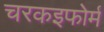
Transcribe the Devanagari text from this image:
चरकइफोर्म